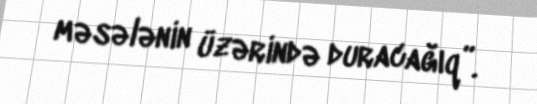
məsələnin üzərində duracağıq”.